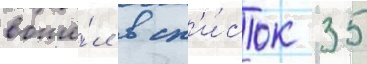
вошё́л в сп'и́сок 35